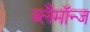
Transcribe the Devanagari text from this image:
ब्लैमॉन्ज